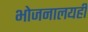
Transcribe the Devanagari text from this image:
भोजनालयही